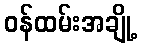
ဝန်ထမ်းအချို့